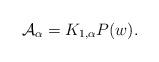
LaTeX: \begin{align*}{\cal A}_{\alpha} = K_{1,\alpha} P(w). \end{align*}